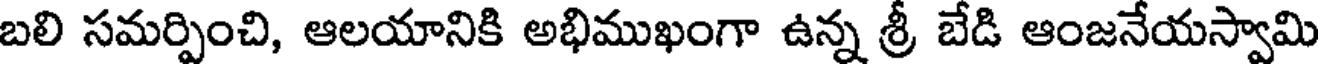
బలి సమర్పించి, ఆలయానికి అభిముఖంగా ఉన్న శ్రీ బేడి ఆంజనేయస్వామి